system: You are a helpful assistant.
user:
Analyze the provided spectrum to determine if it is a **M-type Giant (gM)**.

A M-type Giant spectrum is defined by its **strong molecular absorption** features, particularly from **Titanium Oxide (TiO)**. You must check for one of the following mutually exclusive signatures:

- **Key Visual Indicators (Absorption-Dominated Spectrum):**

    - **(Primary):** The spectrum is dominated by strong molecular absorption from **Titanium Oxide (TiO)**. This is the **defining feature** of its M-type temperature class.
        - **(Key Bandheads):** Look for sharp, "saw-tooth" absorption valleys. The strongest are located near **~7050 Å**, **~6160 Å**, and **~5170 Å**.
        - **(Line Profile):** The "saw-tooth" morphology is critical: a **sharp, steep drop on the BLUE (short-wavelength) side** of the bandhead, followed by a gradual recovery (rising flux) towards the RED (long-wavelength) side.

    - **(Key Confirmation - Giant vs. Dwarf):** **ABSENCE** of strong **Calcium Hydride (CaH)** molecular bands. This is the primary diagnostic for *excluding* M-dwarfs.
        - **(Key Region):** The spectrum should lack the strong, broad absorption band seen in dwarfs between **~6800 Å and ~7000 Å**.

    - **(Secondary Confirmation - Giant):** A very strong and broad **Neutral Calcium (Ca I)** atomic absorption line.
        - **(Key Line):** Located at **~4226 Å**. In a giant (gM), this line is significantly deeper and broader than the same line in an M-dwarf (dM) due to low surface gravity.

    - **(Overall Spectrum):**
        - The continuum is **extremely red-sloping** (i.e., flux is very low in the blue and rises dramatically towards the red).
        - The entire spectrum appears "chopped up" by the deep TiO bands.

Think first, call **spectral_visualization_tool** if needed to examine features in detail, then provide your final answer. Your response must adhere to the following strict rules:
1.  **Overall Structure:** Your response must follow the format `<think>...</think> <tool_call>...</tool_call> (if a tool is used) <answer>...</answer>`.
2.  **Tool Usage Constraint:** You may only make **one** tool call per turn.
3.  **Final Answer Format:** In the `<answer>` tag, your conclusion must be inside a `\boxed{}` command (e.g., `\boxed{YES}` or `\boxed{NO}`), followed by your justification.

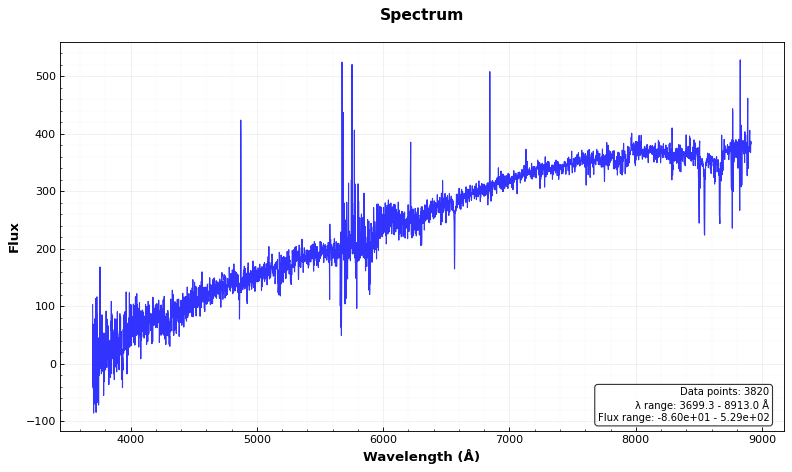
Answer: NO